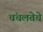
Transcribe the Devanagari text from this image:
चंचलतेचे